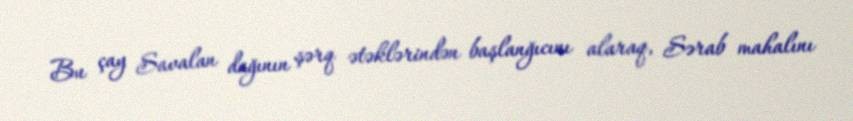
Bu çay Savalan dağının şərq ətəklərindən başlanğıcını alaraq, Sərab mahalını